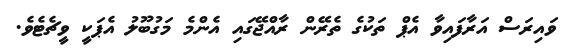
ވައިރަސް އަރާފައިވާ އެޕް ތަކުގެ ތެރޭން ރާއްޖޭގައި އެންމެ މަގުބޫލު އެޕަކީ ވީޗެޓެވެ.